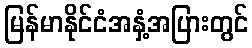
မြန်မာနိုင်ငံအနှံ့အပြားတွင်